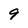
Character: 9